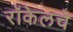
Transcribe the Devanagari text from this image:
रॉकेलचे